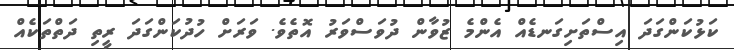
ކަޅުކަންގަދަ އިސްތަށިގަނޑެއް އެންމެ ޒުވާން ދުވަސްވަރު އޮތެވެ. ވަރަށް ހުދުކަންގަދަ ރީތި ދަތްތަކެއް